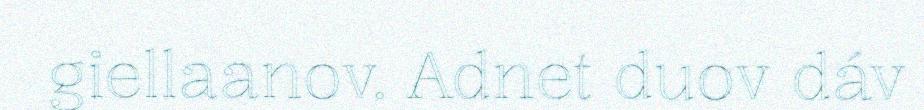
giellaanov. Adnet duov dáv